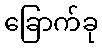
ခြောက်ခု